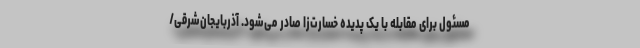
مسئول برای مقابله با یک پدیده خسارت‌زا صادر می‌شود. آذربایجان‌شرقی/